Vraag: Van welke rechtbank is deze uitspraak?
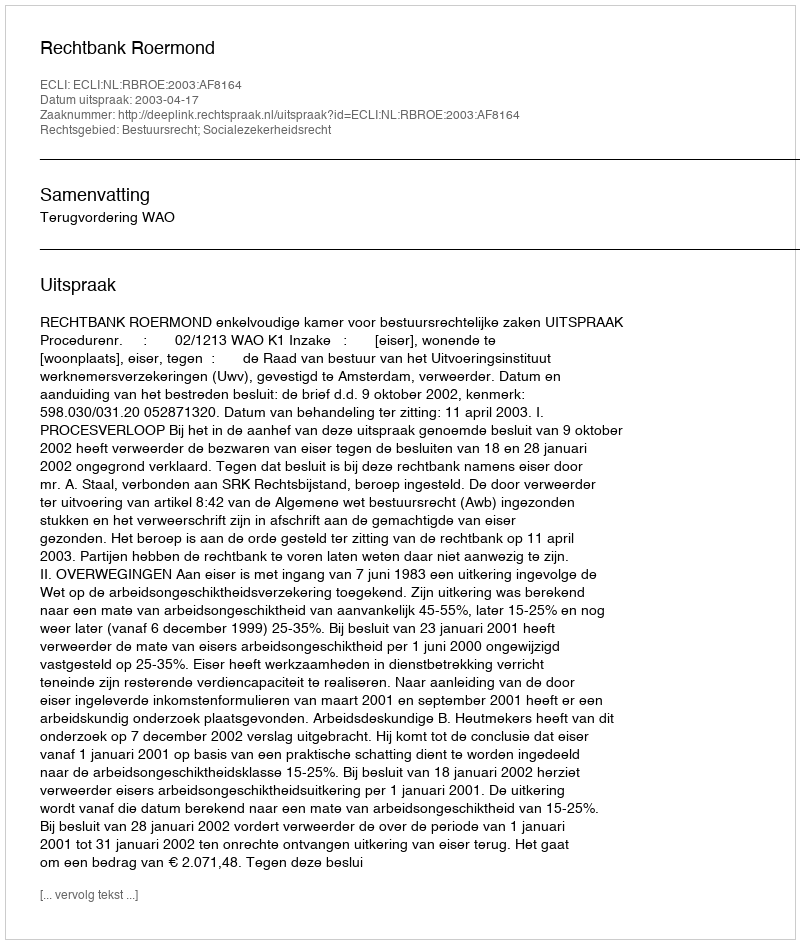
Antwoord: Rechtbank Roermond